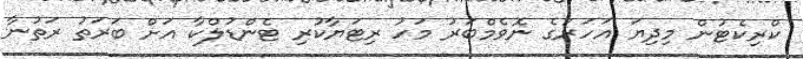
ކްރިކެޓުން މިދިޔަ އަހަރުގެ ނޮވެމްބަރު މަހު ރިޓަޔާކުރި ޓެންޑުލްކާ އަށް ބަރަތު ރަތުނާ